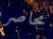
محاصر